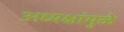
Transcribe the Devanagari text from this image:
अध्यक्षांमुळे